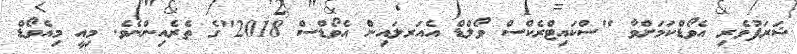
ޝަރަފުވެރި އެވޯޑްކަމަށްވާ "ސްކައިޓްރެކްސް ވޯލްޑް އެއަރލައިން އެވޯޑްސް 2018"ގެ ތެރެއިންނެވެ. މިއީ މިއެވޯޑް